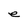
Character: e